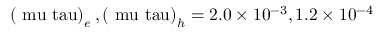
\left( \mathrm { \ m u \ t a u } \right) _ { e } , \left( \mathrm { \ m u \ t a u } \right) _ { h } = 2 . 0 \times 1 0 ^ { - 3 } , 1 . 2 \times 1 0 ^ { - 4 }